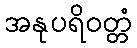
အနုပရိဝတ္တံ